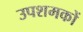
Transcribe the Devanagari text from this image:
उपशमकों